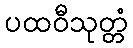
ပထဝီသုတ္တံ